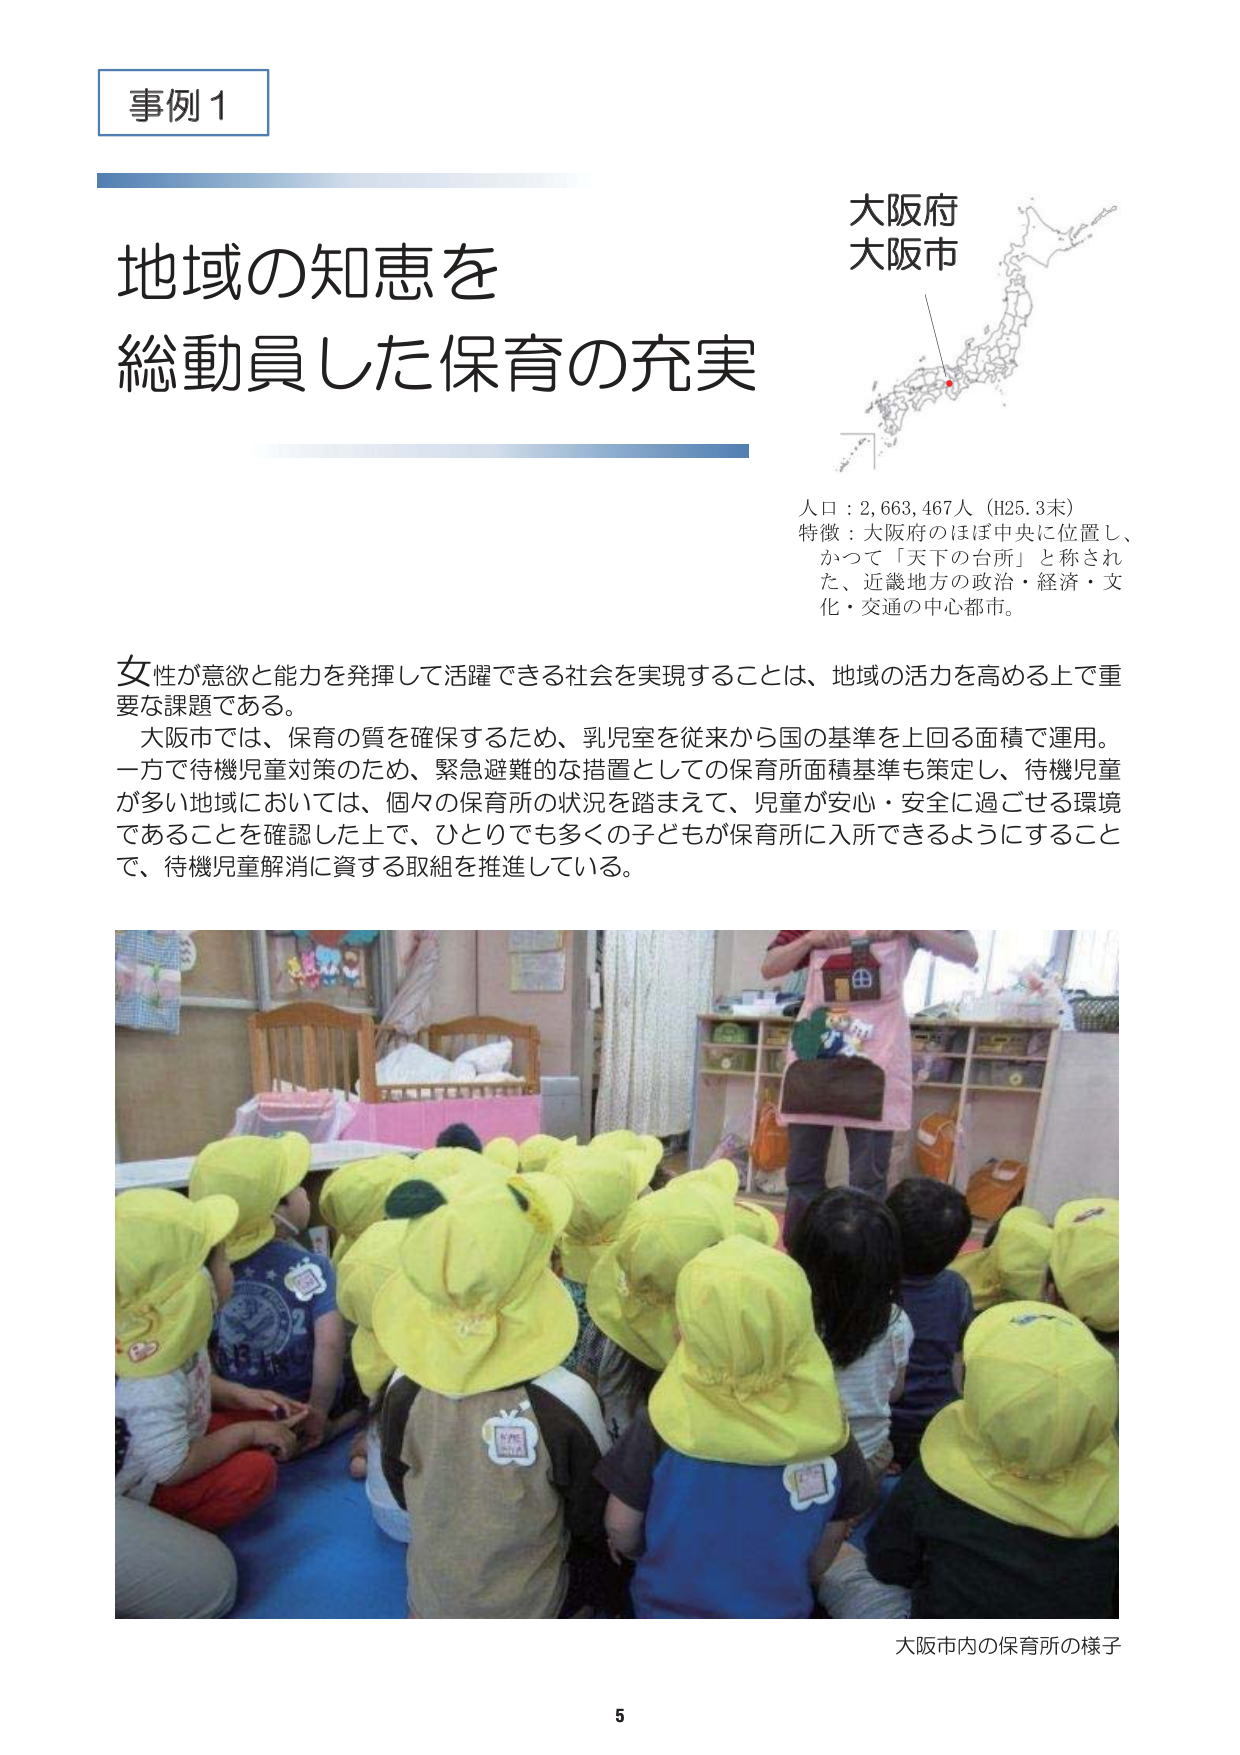
事例1

地域の知恵を
総動員した保育の充実

大阪府
大阪市

人口：2,663,467人（H25.3末）
特徴：大阪府のほぼ中央に位置し、
かつて「天下の台所」と称され
た、近畿地方の政治・経済・文
化・交通の中心都市。

女性が意欲と能力を発揮して活躍できる社会を実現することは、地域の活力を高める上で重
要な課題である。
大阪市では、保育の質を確保するため、乳児室を従来から国の基準を上回る面積で運用。
一方で待機児童対策のため、緊急避難的な措置としての保育所面積基準も策定し、待機児童
が多い地域においては、個々の保育所の状況を踏まえて、児童が安心・安全に過ごせる環境
であることを確認した上で、ひとりでも多くの子どもが保育所に入所できるようにすること
で、待機児童解消に資する取組を推進している。

大阪市内の保育所の様子

5